Report of the King Institute of Preventive Medicine, Guindy
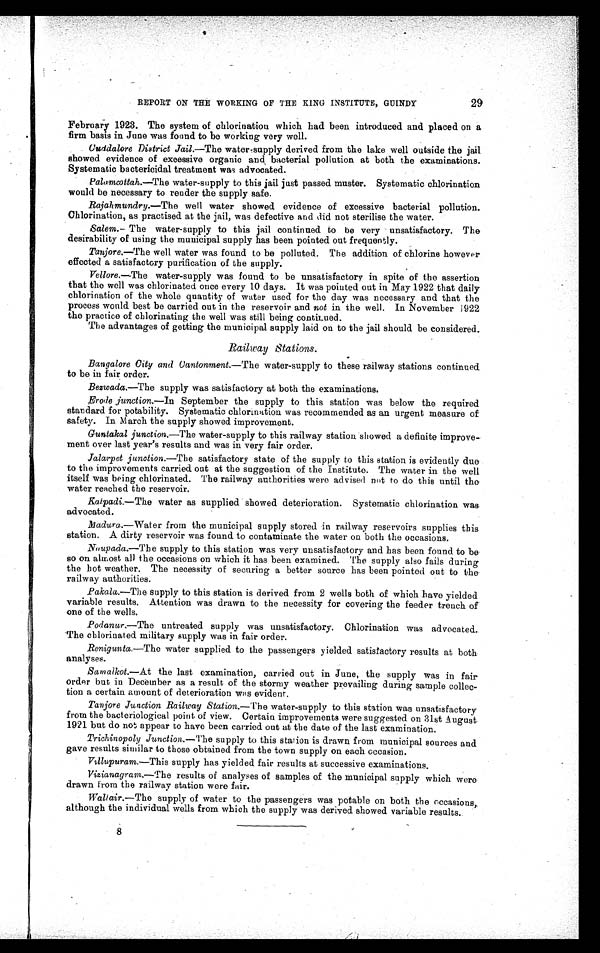
29
REPORT ON THE WORKING OF THE KING INSTITUTE, GUINDY
February 1923. The system of chlorination which had been introduced and placed on a
firm basis in June was found to be working very well.
Cuddalore District Jail.—The water-supply derived from the lake well outside the jail
showed evidence of excessive organic and , bacterial pollution at both the examinations.
Systematic bactericidal treatment was advocated.
Palamcottah.—The water-supply to this jail just passed muster. Systematic chlorination
would be necessary to render the supply safe.
Rajahmundry.—The well water showed evidence of excessive bacterial pollution.
Chlorination, as practised at the jail, was defective and did not sterilise the water.
Salem.—The water-supply to this jail continued to be very unsatisfactory. The
desirability of using the municipal supply has been pointed out frequently.
Tanjore.—The well water was found to be polluted. The addition of chlorine however
effected a satisfactory purification of the supply.
Vellore.—The water-supply was found to be unsatisfactory in spite of the assertion
that the well was chlorinated once every 10 days. It was pointed out in May 1922 that daily
chlorination of the whole quantity of water used for the day was necessary and that the
process would best be carried out in the reservoir and not in the well. In November 1922
the practice of chlorinating the well was still being continued.
The advantages of getting the municipal supply laid on to the jail should be considered.
Railway Stations.
Bangalore City and Cantonment.— The water-supply to these railway stations continued
to be in fair order.
Bezwada. —The supply was satisfactory at both the examinations.
Erode junction.—In September the supply to this station was below the required
standard for potability. Systematic chlorination was recommended as an urgent measure of
safety. In March the supply showed improvement.
Guntakal junction.—The water-supply to this railway station showed a definite improve
-
ment over last year's results and was in very fair order.
Jalarpet junction.—The satisfactory state of the supply to this station is evidently due
to the improvements carried out at the suggestion of the Institute. The water in the well
itself was being chlorinated. The railway authorities were advised not to do this until the
water reached the reservoir.
Katpadi.—The water as supplied showed deterioration. Systematic chlorination was
advocated.
Madura.—Water from the municipal supply stored in railway reservoirs supplies this
station. A dirty reservoir was found to contaminate the water on both the occasions.
Naupada.—The supply to this station was very unsatisfactory and has been found to be
so on almost all the occasions on which it has been examined. The supply also fails during
the hot weather. The necessity of securing a better source has been pointed out to the
railway authorities.
Pakala.—The supply to this station is derived from 2 wells both of which have yielded
variable results. Attention was drawn to the necessity for covering the feeder trench of
one of the wells.
Podanur.—The untreated supply was unsatisfactory. Chlorination was advocated.
The chlorinated military supply was in fair order.
Renigunta.—The water supplied to the passengers yielded satisfactory results at both
analyses.
Sa ma l kot . —A t
t h e l a s t e x a m i n a t i o n , c a r r i e d o u t i n J u n e , t h e s u p p l y w a s i n f a i r
order but in December as a result of the stormy weather prevailing during sample collec
-
tion a certain amount of deterioration was evident.
Tanjore Junction Railway Station.— The water-supply to this station was unsatisfactory
from the bacteriological point of view. Certain improvements were suggested on 31st August
1921 but do not appear to have been carried out at the date of the last examination.
Trichinopoly Junction.— The supply to this station is drawn from municipal sources and
gave results similar to those obtained from the town supply on each occasion.
V i l l u p u r a m .
— T h i s s u p p l y h a s y i e l d e d f a i r r e s u l t s a t s u c c e s s i v e e x a m i n a t i o n s .
Vizianagram.—The results of analyses of samples of the municipal supply which were
drawn from the railway station were fair.
Waltair.— The supply of water to the passengers was potable on both the occasions,
although the individual wells from which the supply was derived showed variable results.
8